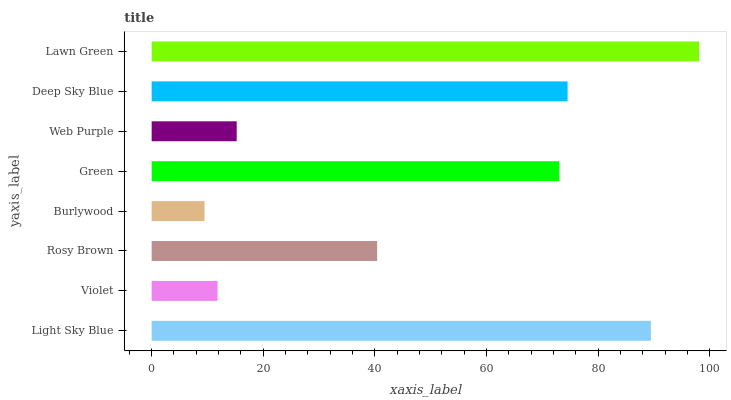
| yaxis_label | bars |
 | --- | --- |
 | Light Sky Blue | 89.5 |
 | Violet | 11.8 |
 | Rosy Brown | 40.4 |
 | Burlywood | 9.48 |
 | Green | 73 |
 | Web Purple | 15.2 |
 | Deep Sky Blue | 74.5 |
 | Lawn Green | 98.1 |